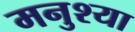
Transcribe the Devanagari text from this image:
मनुश्या